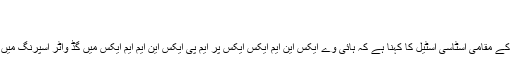
کہتے ہیں:
نومبر 15، 2016 پر 10: 20 بجے
[…] مقامی لوگوں کا اشارہ: گرین واٹر کے مقامی اسٹاسی اسٹیل کا کہنا ہے کہ ہائی وے ایکس این ایم ایکس ایکس پر ایم پی ایکس این ایم ایم ایکس میں گڈ واٹر اسپرنگ میں اپنے پانی کی بوتلیں روکیں اور بھریں۔